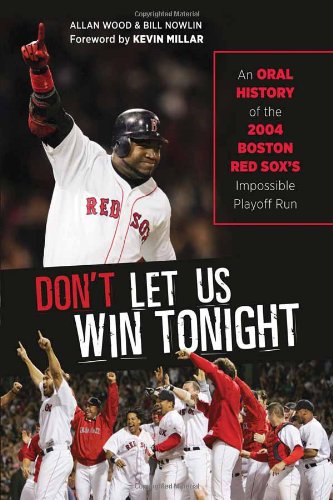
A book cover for Don't Let Us Win Tonight: An Oral History of the 2004 Boston Red Sox's Impossible Playoff Run; Allan Wood; Travel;